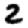
Digit: 2